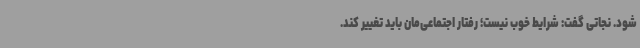
شود. نجاتی گفت: شرایط خوب نیست؛ رفتار اجتماعی‌مان باید تغییر کند.